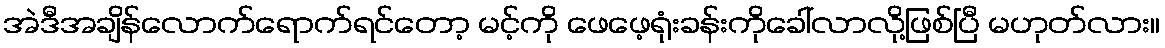
အဲဒီအချိန်လောက်ရောက်ရင်တော့ မင့်ကို ဖေဖေ့ရုံးခန်းကိုခေါ်လာလို့ဖြစ်ပြီ မဟုတ်လား။